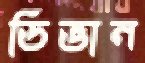
ডিভান